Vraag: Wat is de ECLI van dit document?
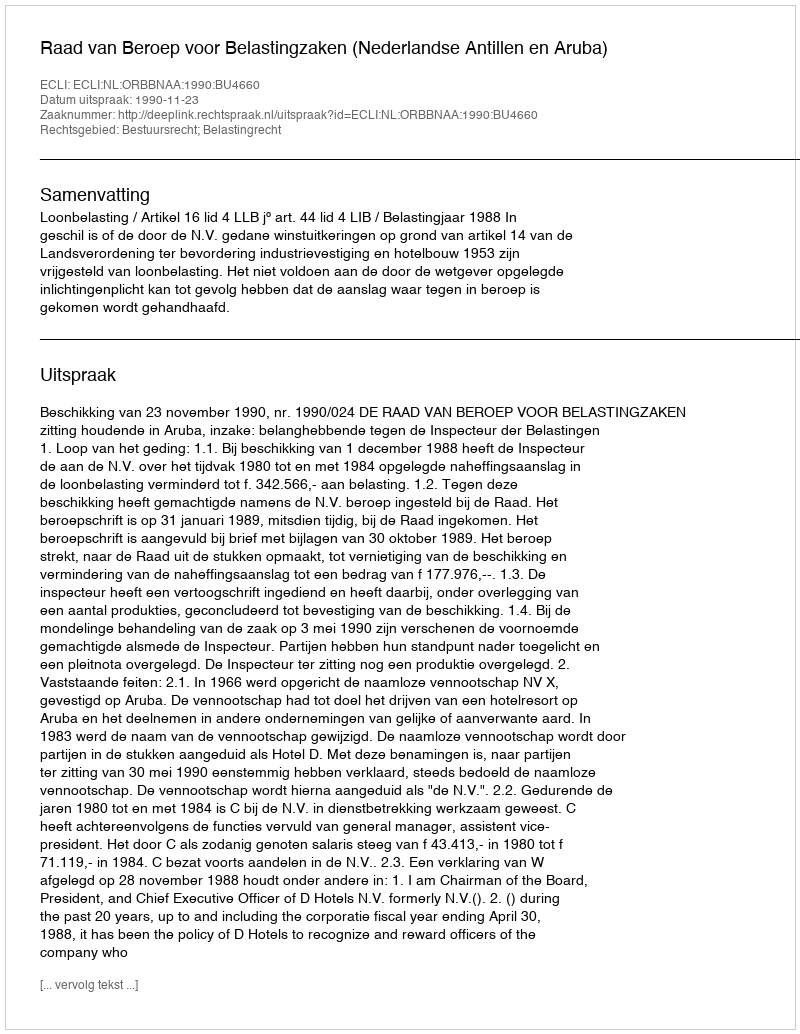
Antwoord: ECLI:NL:ORBBNAA:1990:BU4660